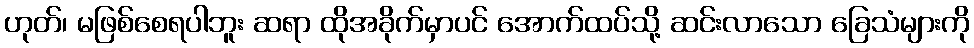
ဟုတ်၊ မဖြစ်စေရပါဘူး ဆရာ ထိုအခိုက်မှာပင် အောက်ထပ်သို့ ဆင်းလာသော ခြေသံများကို